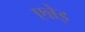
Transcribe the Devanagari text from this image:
एन्नेइ